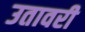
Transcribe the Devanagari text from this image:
उतावरी